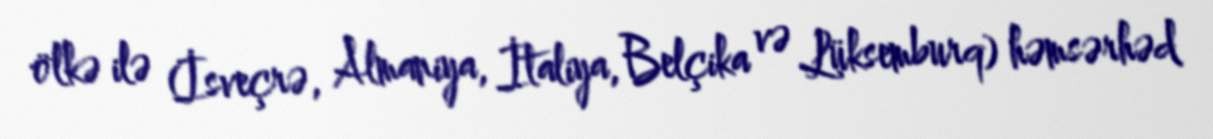
ölkə ilə (İsveçrə, Almaniya, İtaliya, Belçika və Lüksemburq) həmsərhəd